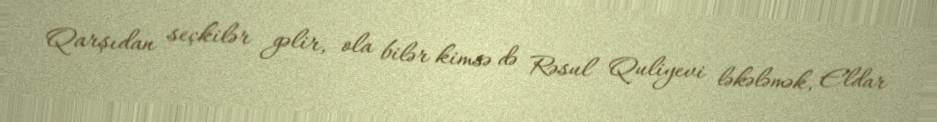
Qarşıdan seçkilər gəlir, ola bilər kimsə də Rəsul Quliyevi ləkələmək, Eldar